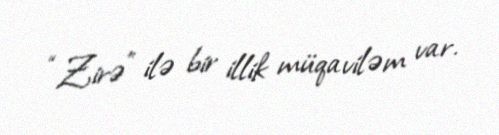
“Zirə” ilə bir illik müqaviləm var.